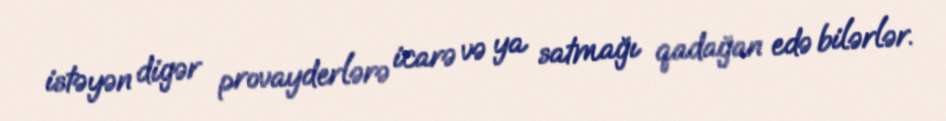
istəyən digər provayderlərə icarə və ya satmağı qadağan edə bilərlər.